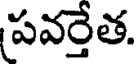
పవర్తేత.